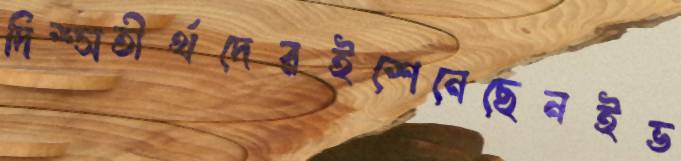
দিশ্সতীর্থদেরইশেনেছেনইভ